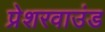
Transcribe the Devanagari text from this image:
प्रेशरवाउंड